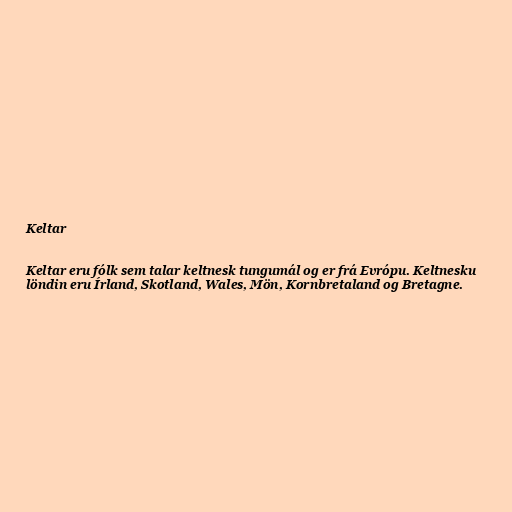
Keltar

Keltar eru fólk sem talar keltnesk tungumál og er frá Evrópu. Keltnesku
löndin eru Írland, Skotland, Wales, Mön, Kornbretaland og Bretagne.